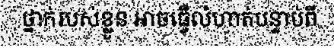
ថ្នាក់របស់ខ្លួន អាចធ្វើលំហាត់បន្ទាប់ពី